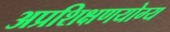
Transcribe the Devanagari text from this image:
अप्रशिक्षणयोग्य